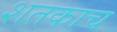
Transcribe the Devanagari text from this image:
शतकाच